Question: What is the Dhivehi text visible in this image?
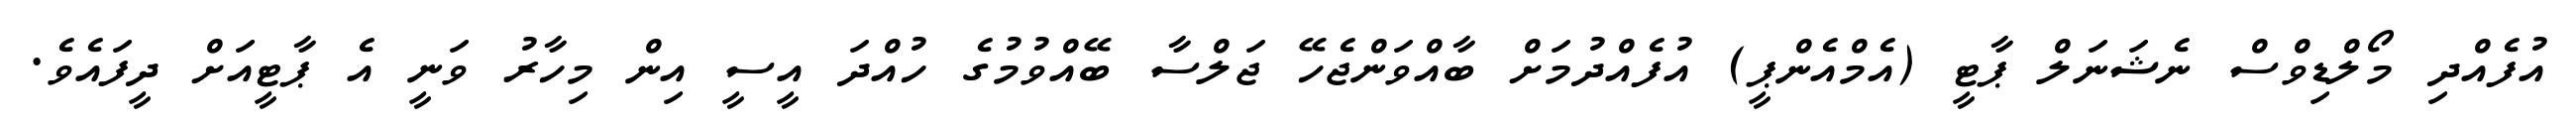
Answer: އުފެއްދި މޯލްޑިވްސް ނެޝަނަލް ޕާޓީ (އެމްއެންޕީ) އުފެއްދުމަށް ބާއްވަންޖެހޭ ޖަލްސާ ބޭއްވުމުގެ ހުއްދަ އީސީ އިން މިހާރު ވަނީ އެ ޕާޓީއަށް ދީފައެވެ.